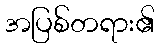
အပြစ်တရား၏